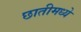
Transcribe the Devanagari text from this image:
छातीमध्ये